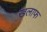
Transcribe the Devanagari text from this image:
खलाफ